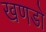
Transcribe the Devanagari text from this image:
खणडो